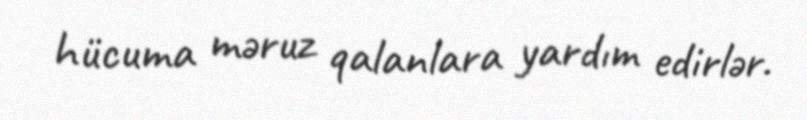
hücuma məruz qalanlara yardım edirlər.